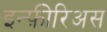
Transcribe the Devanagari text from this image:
इन्फ़ीरिअस